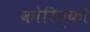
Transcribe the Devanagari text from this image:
कोरिस्को